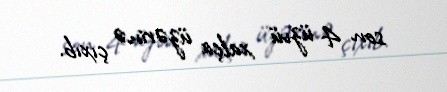
son 4 üzvü xalça üzərinə çıxıb.